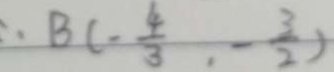
\therefore B C - \frac { 4 } { 3 } , - \frac { 3 } { 2 } )